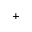
^ +